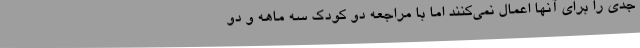
جدی را برای آنها اعمال نمی‌کنند اما با مراجعه دو کودک سه ماهه و دو